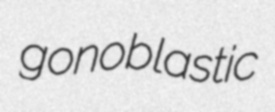
gonoblastic